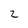
Character: Z